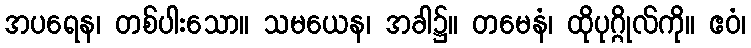
အပရေန၊ တစ်ပါးသော။ သမယေန၊ အခါ၌။ တမေနံ၊ ထိုပုဂ္ဂိုလ်ကို။ ဧဝံ၊